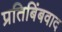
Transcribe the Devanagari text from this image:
प्रतिबिंबवाद